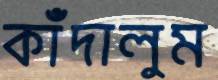
কাঁদালুম